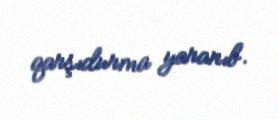
qarşıdurma yaranıb.